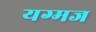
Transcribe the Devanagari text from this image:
यग्मज